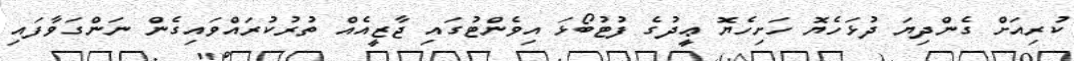
ކުރިއަށް ގެންދިޔަ ދުޅަހެޔޮ ހަށިހެޔޮ ޢީދުގެ ފުޓުބޯޅަ އިވެންޓުގައި ޖާޒީއެއް ތުރުކުރައްވައިގެން ނަންގަވާފައި